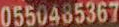
0550485367